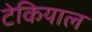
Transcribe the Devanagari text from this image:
टेकियाल